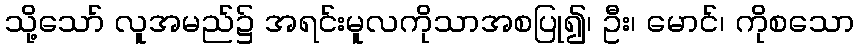
သို့သော် လူအမည်၌ အရင်းမူလကိုသာအစပြု၍၊ ဦး၊ မောင်၊ ကိုစသော